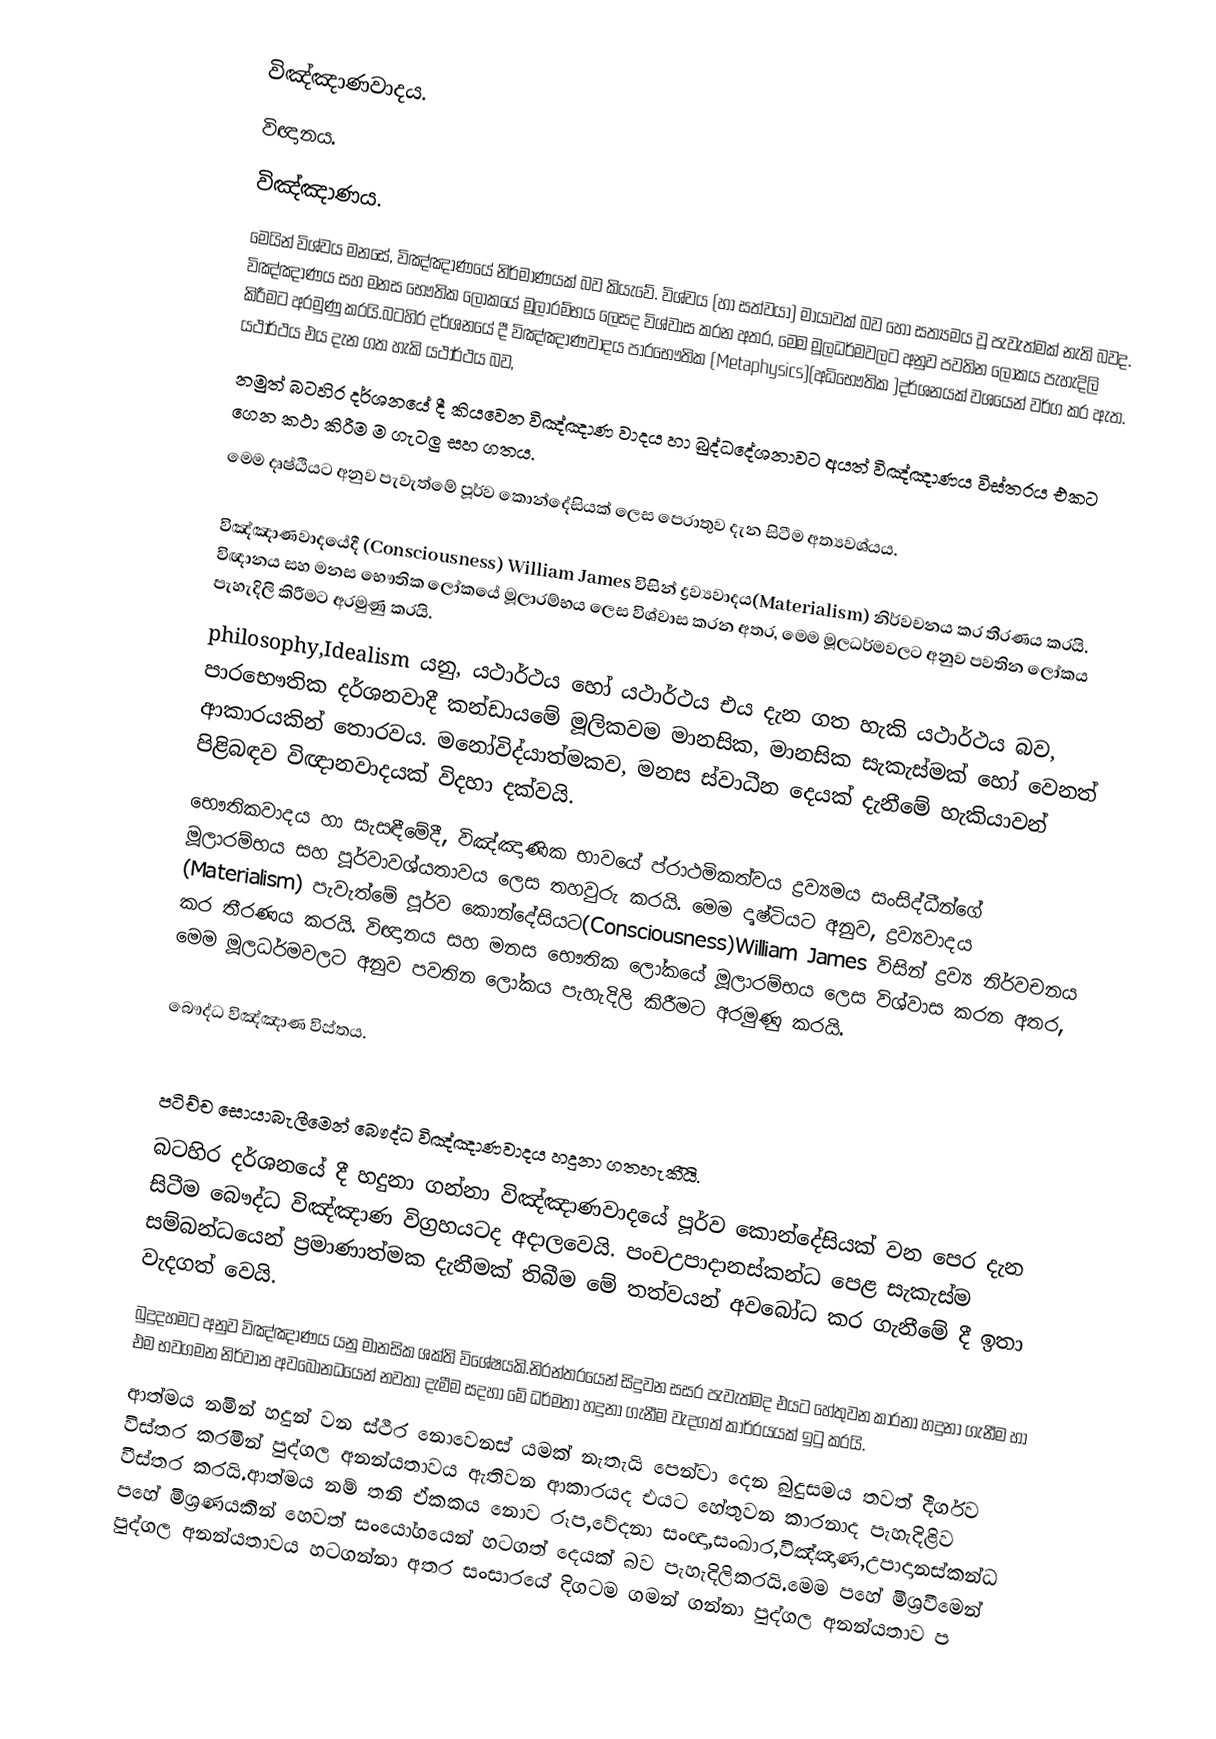
විඤ්ඤාණවාදය.
 විඥානය.
 විඤ්ඤාණය.
       මෙයින් විශ්වය මනසේ, විඤ්ඤාණයේ නිර්මාණයක් බව කියැවේ. විශ්වය (හා සත්වයා) මායාවක් බව හෝ සත්‍යමය වූ පැවැත්මක් නැති බවද. විඤ්ඤාණය සහ මනස භෞතික ලෝකයේ මූලාරම්භය ලෙසද විශ්වාස කරන අතර, මෙම මූලධර්මවලට අනුව පවතින ලෝකය පැහැදිලි කිරීමට අරමුණු කරයි.බටහිර දර්ශනයේ දී විඤ්ඤාණවාදය පාරභෞතික   (Metaphysics)(අධිභෞතික )දර්ශනයක් වශයෙන් වර්ග කර ඇත. යථාර්ථය එය දැන ගත හැකි යථාර්ථය බව,
       නමුත් බටහිර දර්ශනයේ දී කියවෙන විඤ්ඤාණ වාදය හා බුද්ධදේශනාවට අයත් විඤ්ඤාණය විස්තරය එකට ගෙන කථා කිරීම ම ගැටලු සහ ගතය.
      මෙම දෘෂ්ඨියට අනුව පැවැත්මේ පූර්ව කොන්දේසියක් ලෙස පෙරාතුව දැන සිටීම අත්‍යවශ්යය.

විඤ්ඤාණවාදයේදී (Consciousness) William James විසින්  ද්‍රව්‍යවාදය(Materialism) නිර්වචනය කර තීරණය කරයි. විඥානය සහ මනස භෞතික ලෝකයේ මූලාරම්භය ලෙස විශ්වාස කරන අතර, මෙම මූලධර්මවලට අනුව පවතින ලෝකය පැහැදිලි කිරීමට අරමුණු කරයි.
      philosophy,Idealism යනු, යථාර්ථය හෝ යථාර්ථය එය දැන ගත හැකි යථාර්ථය බව, පාරභෞතික දර්ශනවාදී කන්ඩායමේ මූලිකවම මානසික, මානසික සැකැස්මක් හෝ වෙනත් ආකාරයකින් තොරවය. මනෝවිද්යාත්මකව, මනස ස්වාධීන දෙයක් දැනීමේ හැකියාවන් පිළිබඳව විඥානවාදයක් විදහා දක්වයි.
භෞතිකවාදය හා සැසඳීමේදී, විඤ්ඤාණික භාවයේ ප්රාථමිකත්වය ද්‍රව්‍යමය සංසිද්ධීන්ගේ මූලාරම්භය සහ පූර්වාවශ්යතාවය ලෙස තහවුරු කරයි. මෙම දෘෂ්ටියට අනුව,  ද්‍රව්‍යවාදය (Materialism) පැවැත්මේ පූර්ව කොන්දේසියට(Consciousness)William James  විසින් ද්‍රව්‍ය නිර්වචනය කර තීරණය කරයි. විඥානය සහ මනස භෞතික ලෝකයේ මූලාරම්භය ලෙස විශ්වාස කරන අතර, මෙම මූලධර්මවලට අනුව පවතින ලෝකය පැහැදිලි කිරීමට අරමුණු කරයි.

බෞද්ධ විඤ්ඤාණ විස්තය.

         පටිච්ච  සොයාබැලීමෙන් බෞද්ධ  විඤ්ඤාණවාදය හදුනා ගතහැකිියි.
          බටහිර දර්ශනයේ දී හදුනා ගන්නා විඤ්ඤාණවාදයේ පූර්ව කොන්දේසියක් වන පෙර දැන සිටීම බෞද්ධ විඤ්ඤාණ විග්‍රහයටද අදාලවෙයි. පංචඋපාදානස්කන්ධ පෙළ සැකැස්ම සම්බන්ධයෙන් ප්‍රමාණාත්මක දැනීමක් තිබීම මේ තත්වයන් අවබෝධ කර ගැනීමේ දී ඉතා වැදගත් වෙයි.
          බුදුදහමට අනුව විඤ්ඤාණය යනු මානසික ශක්ති විශේෂයකි.නිරන්තරයෙන් සිදුවන සසර පැවැත්මද එයට හේතුවන කාරනා හදුනා ගැනීම හා එම භවගමන නිර්වාන අවබෝනධයෙන් නවතා දැමීම සදහා මේ ධර්මතා හදුනා ගැනීම වැදගත් කාර්රයයක් ඉටු කරයි.
       ආත්මය නමින් හදුන් වන ස්ථීර නොවෙනස් යමක් නැතැයි පෙන්වා දෙන බුදුසමය තවත් දීර්ගව විස්තර කරමින් පුද්ගල අනන්යතාවය ඇතිවන ආකාරයද එයට හේතුවන කාරනාද පැහැදිළිව වීස්තර කරයි.ආත්මය නම් තනි ඒකකය නොව රූප,වේදනා  සංඥා,සංඛාර,විඤ්ඤාණ,උපාදානස්කන්ධ පහේ මිශ්‍රණයකින් හෙවත් සංයෝගයෙන් හටගත් දෙයක් බව පැහැදිලිකරයි.මෙම පහේ මිශ්‍රවීමෙන් පුද්ගල අනන්යතාවය හටගන්නා අතර සංසාරයේ දිගටම ගමන් ගන්නා පුද්ගල අනන්යතාව ප